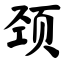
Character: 颈